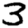
Digit: 3